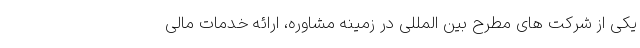
یکی از شرکت های مطرح بین المللی در زمینه مشاوره، ارائه خدمات مالی